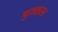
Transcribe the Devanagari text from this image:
पुलहस्त